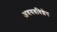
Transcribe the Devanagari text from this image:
अवयवविशेष